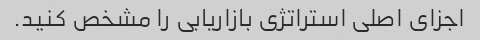
اجزای اصلی استراتژی بازاریابی را مشخص کنید.